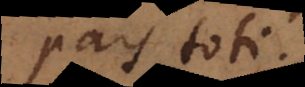
pars toti.